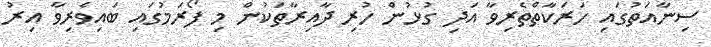
ސިނާއަތުގައި ހަރަކާތްތެރިވާ އަދި ގުޅުން ހުރި ދާއިރާތަކުން މި ފޯރަމުގައި ބައިވެރިވާ އިރު